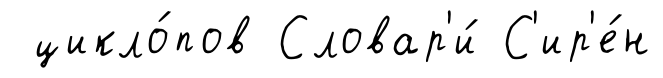
цикло́пов Словар'и́ С'ир'е́н